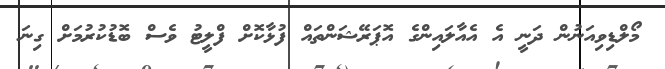
މޯލްޑިވިއަނުން ދަނީ އެ އެއާލައިންގެ އޮޕަރޭޝަންތައް ފުޅާކޮށް ފްލީޓު ވެސް ބޮޑުކުރުމަށް ގިނަ